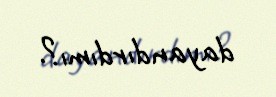
dayandırdımı?.